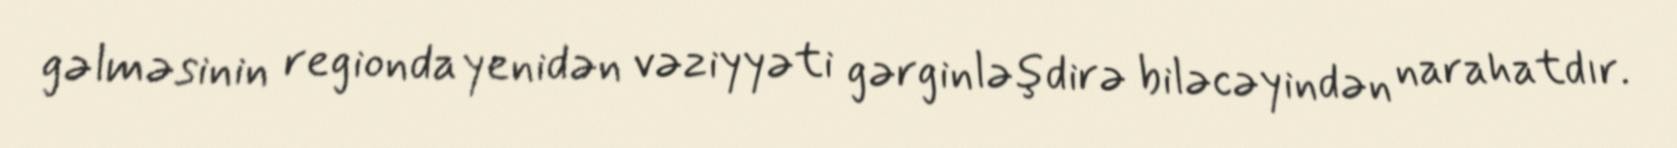
gəlməsinin regionda yenidən vəziyyəti gərginləşdirə biləcəyindən narahatdır.